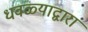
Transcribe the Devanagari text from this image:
धवळ्याद्वारा